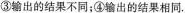
③输出的结果不同；④输出的结果相同